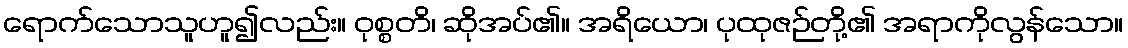
ရောက်သောသူဟူ၍လည်း။ ဝုစ္စတိ၊ ဆိုအပ်၏။ အရိယော၊ ပုထုဇဉ်တို့၏ အရာကိုလွန်သော။